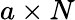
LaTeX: a\times N